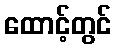
ထောင့်တွင်